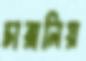
চারালিয়